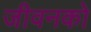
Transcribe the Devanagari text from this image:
जीवनको